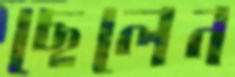
ছেলেন